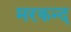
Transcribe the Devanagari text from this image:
मरकन्द